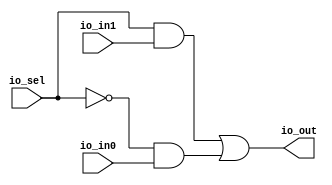
module Mux2(
  input   io_sel,
  input   io_in0,
  input   io_in1,
  output  io_out
);
  assign io_out = io_sel & io_in1 | ~io_sel & io_in0; // @[cmd3.sc 11:31]
endmodule
module Mux4_2(
  input        clock,
  input        reset,
  input        io_in0,
  input        io_in1,
  input        io_in2,
  input        io_in3,
  input  [1:0] io_sel,
  output       io_out
);
  wire  Mux2_io_sel; // @[cmd3.sc 23:37]
  wire  Mux2_io_in0; // @[cmd3.sc 23:37]
  wire  Mux2_io_in1; // @[cmd3.sc 23:37]
  wire  Mux2_io_out; // @[cmd3.sc 23:37]
  wire  Mux2_1_io_sel; // @[cmd3.sc 23:37]
  wire  Mux2_1_io_in0; // @[cmd3.sc 23:37]
  wire  Mux2_1_io_in1; // @[cmd3.sc 23:37]
  wire  Mux2_1_io_out; // @[cmd3.sc 23:37]
  wire  Mux2_2_io_sel; // @[cmd3.sc 23:37]
  wire  Mux2_2_io_in0; // @[cmd3.sc 23:37]
  wire  Mux2_2_io_in1; // @[cmd3.sc 23:37]
  wire  Mux2_2_io_out; // @[cmd3.sc 23:37]
  Mux2 Mux2 ( // @[cmd3.sc 23:37]
    .io_sel(Mux2_io_sel),
    .io_in0(Mux2_io_in0),
    .io_in1(Mux2_io_in1),
    .io_out(Mux2_io_out)
  );
  Mux2 Mux2_1 ( // @[cmd3.sc 23:37]
    .io_sel(Mux2_1_io_sel),
    .io_in0(Mux2_1_io_in0),
    .io_in1(Mux2_1_io_in1),
    .io_out(Mux2_1_io_out)
  );
  Mux2 Mux2_2 ( // @[cmd3.sc 23:37]
    .io_sel(Mux2_2_io_sel),
    .io_in0(Mux2_2_io_in0),
    .io_in1(Mux2_2_io_in1),
    .io_out(Mux2_2_io_out)
  );
  assign io_out = Mux2_2_io_out; // @[cmd3.sc 23:18 cmd3.sc 23:18]
  assign Mux2_io_sel = io_sel[0]; // @[cmd3.sc 24:21]
  assign Mux2_io_in0 = io_in0; // @[cmd3.sc 23:18 cmd3.sc 25:12]
  assign Mux2_io_in1 = io_in1; // @[cmd3.sc 23:18 cmd3.sc 26:12]
  assign Mux2_1_io_sel = io_sel[0]; // @[cmd3.sc 27:21]
  assign Mux2_1_io_in0 = io_in2; // @[cmd3.sc 23:18 cmd3.sc 28:12]
  assign Mux2_1_io_in1 = io_in3; // @[cmd3.sc 23:18 cmd3.sc 29:12]
  assign Mux2_2_io_sel = io_sel[1]; // @[cmd3.sc 30:21]
  assign Mux2_2_io_in0 = Mux2_io_out; // @[cmd3.sc 23:18 cmd3.sc 23:18]
  assign Mux2_2_io_in1 = Mux2_1_io_out; // @[cmd3.sc 23:18 cmd3.sc 23:18]
endmodule